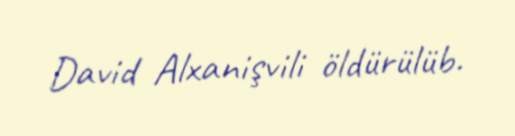
David Alxanişvili öldürülüb.